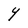
Character: Y